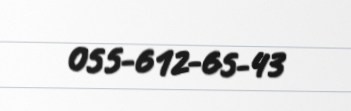
055-612-65-43